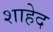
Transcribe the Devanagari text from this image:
शाहेद